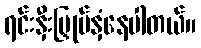
ရင်းနှီးမြှုပ်နှံနေပါတယ်။